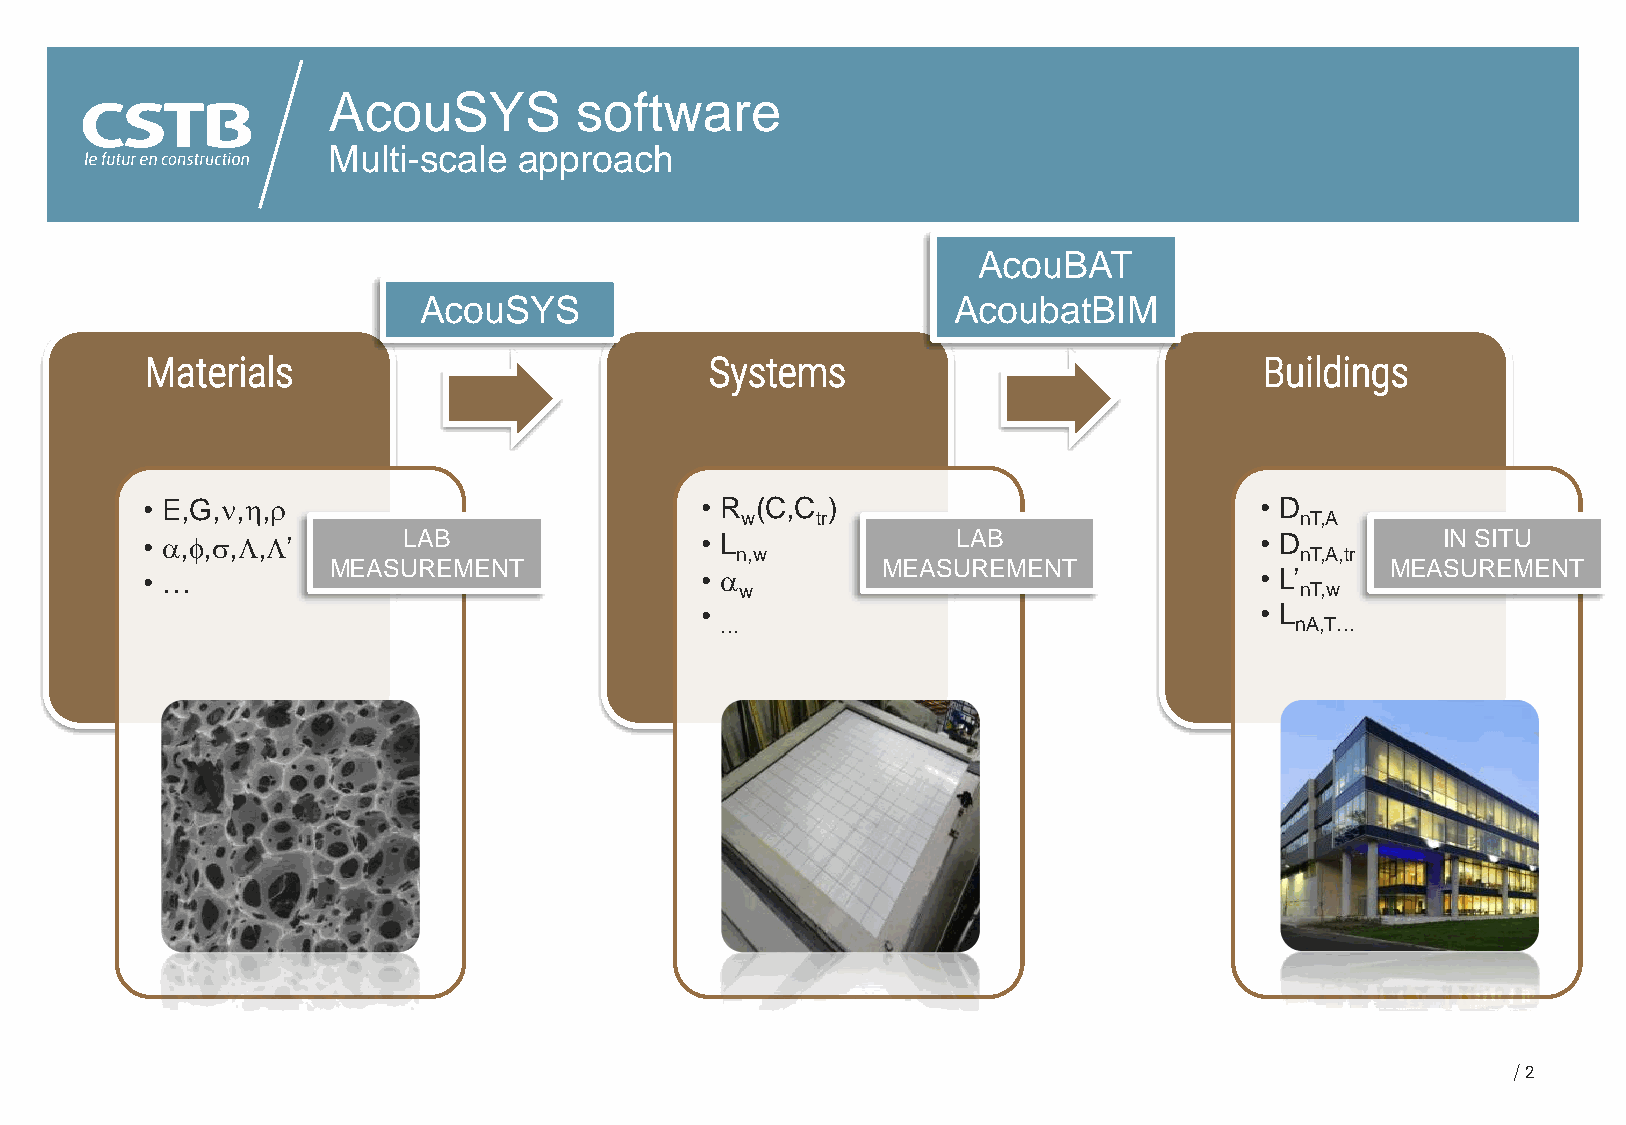
AcouSYS         software
 Multi-scale approach
 AcouBAT
 AcouSYS                            AcoubatBIM
 Materials                            Systems                              Buildings
 • E,G,,,                          • R (C,C )                           • D
 w    tr                              nT,A
 • ,,,,’      LAB                • L              LAB                 • D         IN SITU
 n,w                                  nT,A,tr
 MEASUREMENT                         MEASUREMENT                       MEASUREMENT
 • …                                  •                                   • L’
 w                                    nT,w
 •                                    • L
 …                                     nA,T…
 2